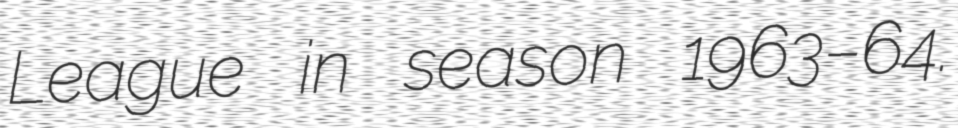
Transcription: League in season 1963–64.